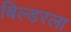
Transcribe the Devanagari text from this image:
बिल्डरला